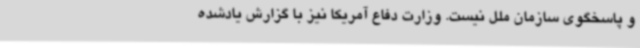
و پاسخگوی سازمان ملل نیست. وزارت دفاع آمریکا نیز با گزارش یادشده